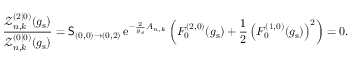
\frac { \mathcal { Z } _ { n , k } ^ { ( 2 | 0 ) } ( g _ { \mathrm { s } } ) } { \mathcal { Z } _ { n , k } ^ { ( 0 | 0 ) } ( g _ { \mathrm { s } } ) } = \mathsf { S } _ { ( 0 , 0 ) \rightarrow ( 0 , 2 ) } \, { \mathrm { e } } ^ { - \frac { 2 } { g _ { \mathrm { s } } } A _ { n , k } } \left( F _ { 0 } ^ { ( 2 , 0 ) } ( g _ { \mathrm { s } } ) + \frac { 1 } { 2 } \left( F _ { 0 } ^ { ( 1 , 0 ) } ( g _ { \mathrm { s } } ) \right) ^ { 2 } \right) = 0 .